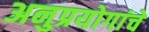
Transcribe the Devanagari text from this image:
अनुप्रयोगांचे